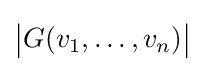
{\bigl |}G(v_{1},\dots ,v_{n}){\bigr |}